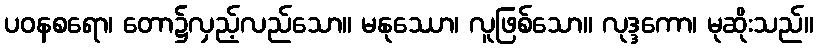
ပဝနစရော၊ တော၌လှည့်လည်သော။ မနုဿော၊ လူဖြစ်သော။ လုဒ္ဒကော၊ မုဆိုးသည်။